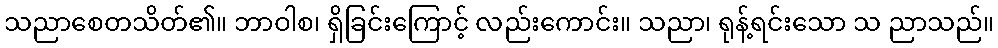
သညာစေတသိတ်၏။ ဘာဝါစ၊ ရှိခြင်းကြောင့် လည်းကောင်း။ သညာ၊ ရုန့်ရင်းသော သ ညာသည်။